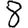
Digit: 8